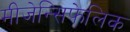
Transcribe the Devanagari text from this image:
मीजेन्सिफेलिक